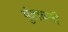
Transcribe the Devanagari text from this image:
गुंडाळली